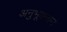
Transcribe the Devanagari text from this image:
अनुभूयमान